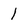
Character: 1